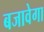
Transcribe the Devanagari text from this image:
बजावेगा